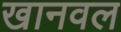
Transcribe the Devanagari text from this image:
खानवल